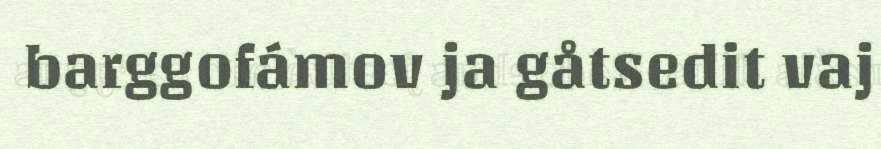
barggofámov ja gåtsedit vaj